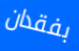
بفقدان